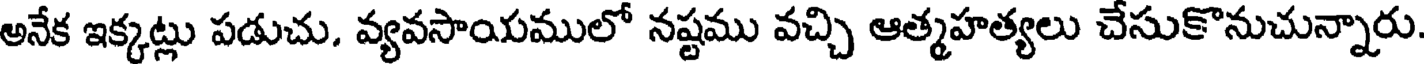
అనేక ఇక్కట్లు పడుచు, వ్యవసాయములో నష్టము వచ్చి ఆత్మహత్యలు చేసుకొనుచున్నారు